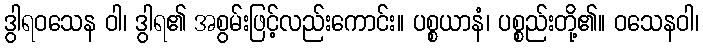
ဒွါရဝသေန ဝါ၊ ဒွါရ၏ အစွမ်းဖြင့်လည်းကောင်း။ ပစ္စယာနံ၊ ပစ္စည်းတို့၏။ ဝသေနဝါ၊